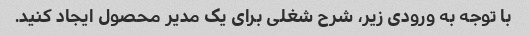
با توجه به ورودی زیر، شرح شغلی برای یک مدیر محصول ایجاد کنید.